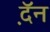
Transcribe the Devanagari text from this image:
द़ॅन